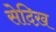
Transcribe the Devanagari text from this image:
सेदिख़